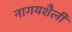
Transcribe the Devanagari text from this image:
नागयशैली